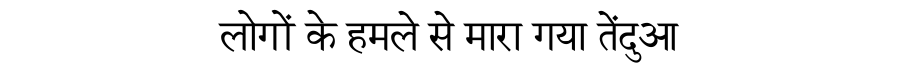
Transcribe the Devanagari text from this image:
लोगों के हमले से मारा गया तेंदुआ